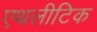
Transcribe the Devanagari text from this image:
एथलीटिक